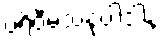
ပရိဝီမံသနုပါဒါနံ